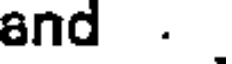
and .